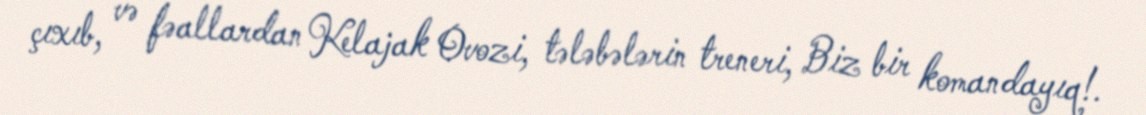
çıxıb, və fəallardan Kelajak Ovozi, tələbələrin treneri, Biz bir komandayıq!.